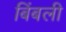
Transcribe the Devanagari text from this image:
बिंबली